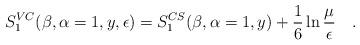
LaTeX: \begin{align*}S_1^{VC}(\beta,\alpha=1,y,\epsilon)=S_1^{CS}(\beta,\alpha=1,y)+\frac16\ln{\mu\over \epsilon}~~~.\end{align*}